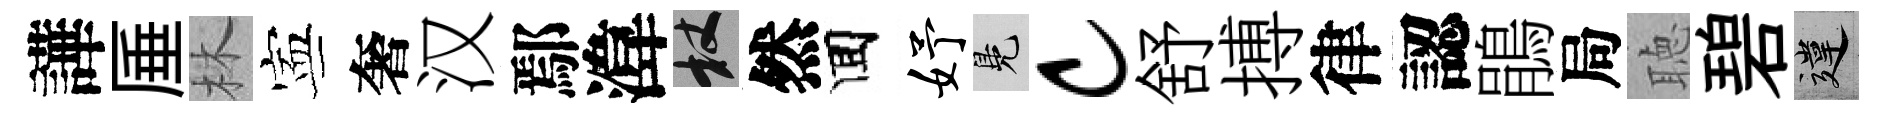
譁厜林寕奢汉鄢湋杖然囬妤鳬c舒搏律認鵑局聴碧違